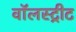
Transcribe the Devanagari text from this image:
वॉलस्ट्रीट